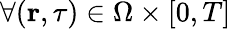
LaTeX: \forall(\mathbf{r},\tau)\in\Omega\times[0,T]